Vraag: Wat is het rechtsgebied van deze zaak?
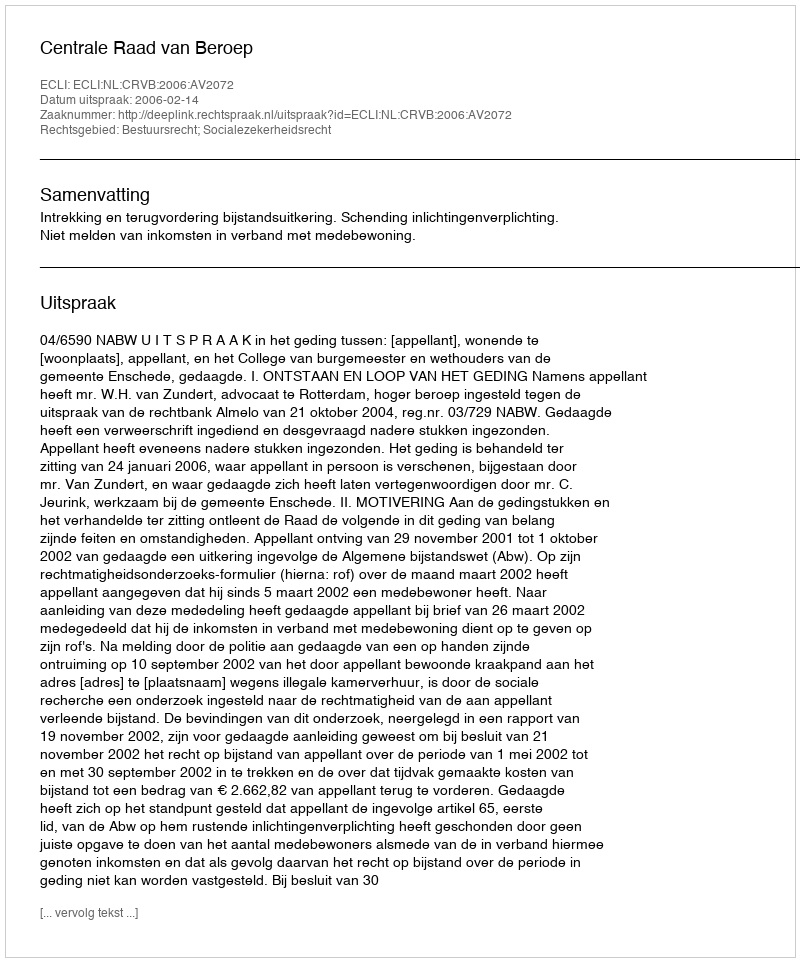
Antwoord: Bestuursrecht; Socialezekerheidsrecht